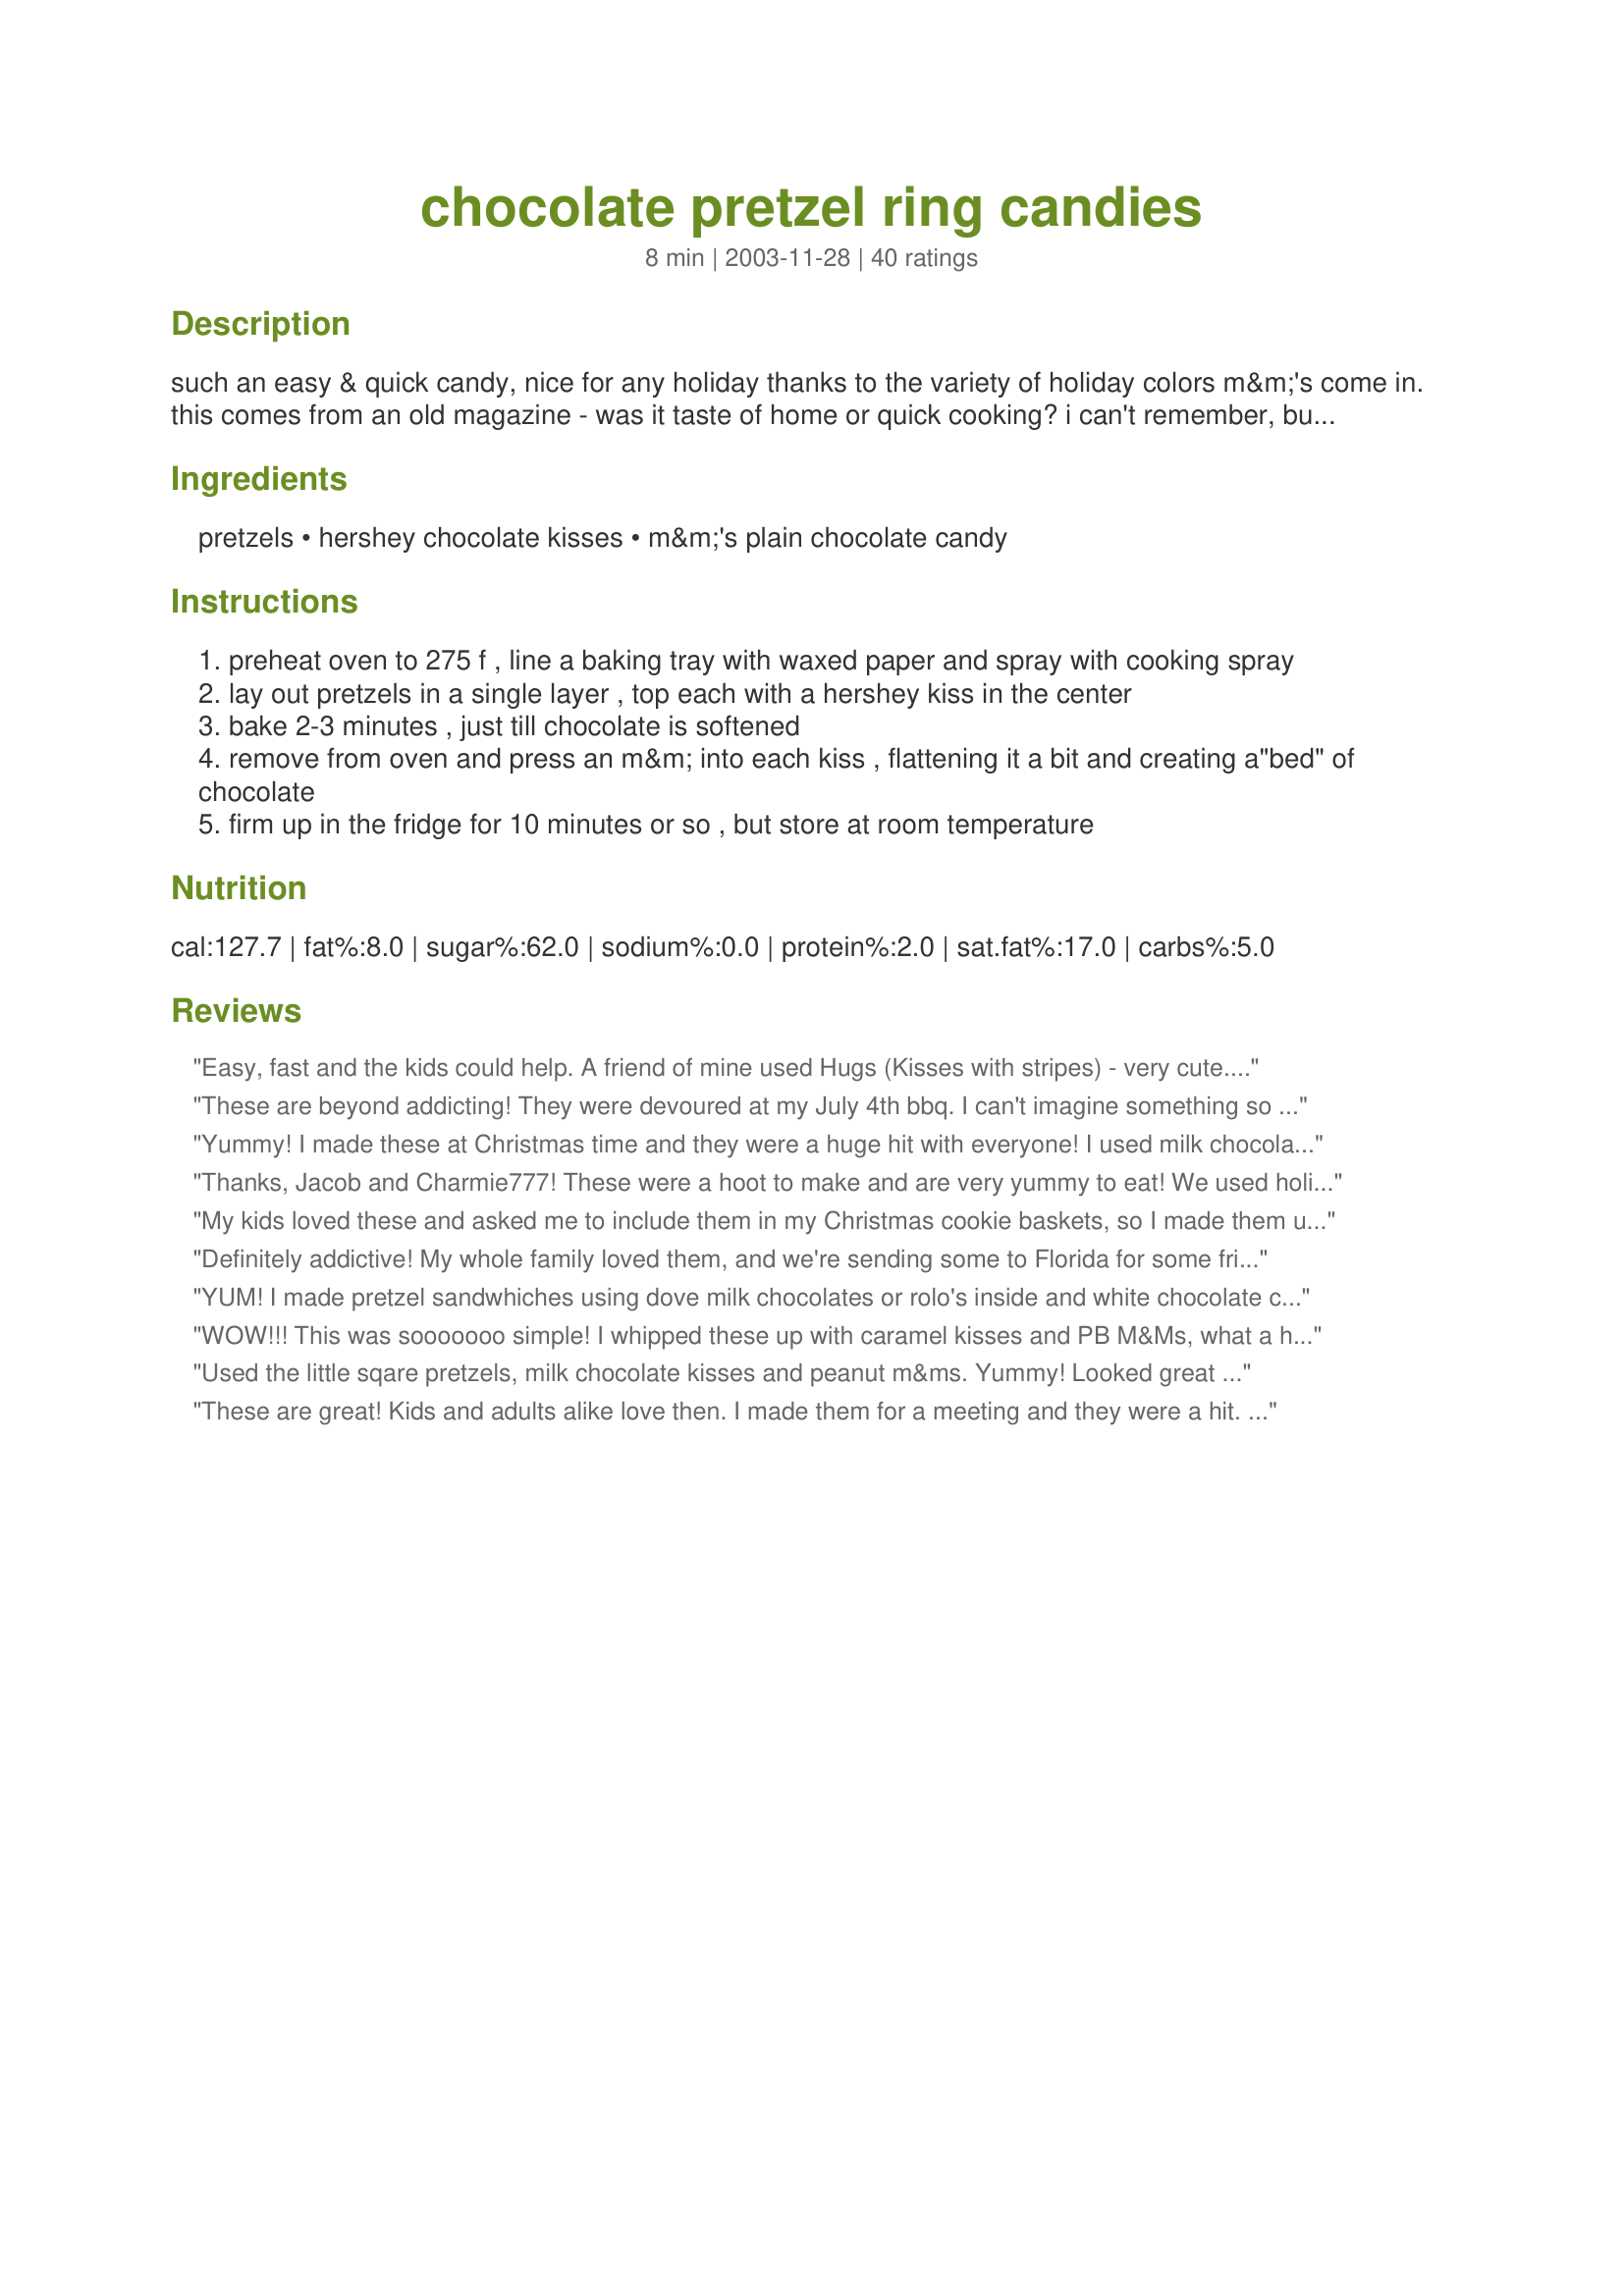
chocolate pretzel ring candies
Preparation time: 8 minutes

such an easy & quick candy, nice for any holiday thanks to the variety of holiday colors m&m's come in. this comes from an old magazine - was it taste of home or quick cooking? i can't remember, but they sure are tasty & cute! while the recipe calls for small pretzel rings, you'll get equally great results with mini twists and even rold gold butter checker pretzels if available in your neck of the woods.

Ingredients:
pretzels, hershey chocolate kisses, m&m's plain chocolate candy

Steps:
preheat oven to 275 f , line a baking tray with waxed paper and spray with cooking spray
lay out pretzels in a single layer , top each with a hershey kiss in the center
bake 2-3 minutes , just till chocolate is softened
remove from oven and press an m&m into each kiss , flattening it a bit and creating a"bed" of chocolate
firm up in the fridge for 10 minutes or so , but store at room temperature

Reviews:
Easy, fast and the kids could help. A friend of mine used Hugs (Kisses with stripes) - very cute. I couldn't find Hugs so I used striped baking chips, about 5-6/ pretzel and they worked OK. We used Rold Gold ring pretzels. They were fine but most were more oval than round. Also, we used dark chocolate M&Ms.
These are beyond addicting! They were devoured at my July 4th bbq. I can't imagine something so delicious would come from something so absolutely simple. You can put these together in no time at all and they look beautiful. I will make this very often, thanks so much!!
Yummy! I made these at Christmas time and they were a huge hit with everyone! I used milk chocolate, dark chocolate and candy cane kisses. The favorite was the dark chocolate and I have had to make a huge batch of them 2 other times since Christmas. These will be on my Bake List every holiday!
Thanks, Jacob and Charmie777! These were a hoot to make and are very yummy to eat! We used holiday shaped pretzels (the boot shape and snowman shape worked well, the stars and trees, not as well) and the Hershey's Hugs. Very pretty and so easy. Will keep this one in the "good recipe" binder. ~Messy44 Update - used parchment instead of waxed paper. The waxed seemed to stick on the cookie sheets. Also, the peppermint kisses are wonderful (I think they are called candy cane) but they take longer to melt. :]
My kids loved these and asked me to include them in my Christmas cookie baskets, so I made them up. They are really good!
Definitely addictive! My whole family loved them, and we're sending some to Florida for some friends, if there's enough left! I used the little windowpane snap type, and it was very easy with the red and green m&ms. Thanks for a yummy gift recipe!
YUM! I made pretzel sandwhiches using dove milk chocolates or rolo's inside and white chocolate chips or m&m's on top. Put in fridge for 20-30 minutes and then in lined tin. Thanks for posting a fun easy recipe.
WOW!!! This was sooooooo simple! I whipped these up with caramel kisses and PB M&Ms, what a hit! Honestly the hardest thing about this recipe (besides the waiting LOL) was unwrapping the kisses! I am going to make them again for a kids b-day party and we are going to use them as Checkers! Thank you so much!
Used the little sqare pretzels, milk chocolate kisses and peanut m&ms. Yummy! Looked great on the Christmas cookie tray and were SOOOO easy! It took closer to 5 minutes in my oven to get the kisses melty enough to squish with the m&ms. Might be my oven, though!
These are great! Kids and adults alike love then. I made them for a meeting and they were a hit. They are not for just Valentine's day but you can make them depending on color of M&Ms for any holiday. Red and green for Christmas, Pastels for easter, orange, red and brown for Halloween. Super easy and super tasty. We will make again. Thanks BAker. ChefDLH
Thankyou, thankyou! I made these years ago for my boys. I had forgotten all about them until my son asked how I made them. I had forgotten. Now we can make them together with the grandchildren!! Happy memories.
Really easy and good. I found the carmel kisses became discolored after being heated so I pushed another pretzel on top and put the m-n-m on top of that. It ended up looking like a present.
This was a great success for my assisted living residents. Even those with limited sight made them easily. Our preschool visitors were able to make them, too, and to help the residents. Lynda McConnell
I love these. How simple was that?
I have tried this recipe and several variations over the past week. My four kids have been my taste-testers. They liked them all, but here are the results: The caramel kisses melted TOO fast and were messy. The regular chocolate kisses and mint kisses were the easiest choice and can be topped with just about anything - more candy pieces, fruit or nuts. I also tried ROLO candies with delicious results. This recipe is great for a quick snack, class parties, baby showers - anytime! Thanks for a quick and easy treat idea!
This has got to be the absoltely BEST recipe that I have come across for my kids to make!! It was soooo easy for them, all I did was put the tray in the oven and take it out...they did the rest. I had to use holiday Smarties instead of the peanut butter M&M's because it went to the kids school (peanut free), but their friends are raving about them!
I also used circular pretzels covered in sesame seeds for half of them, and they turned out great! I prefer them to the regular salted pretzels.
Excellent!! I made Turtle Pretzel Rings also by using Rolos and using a pecan to press down on top.After 5 stores, I finally found the pretzel rings at a local Busch's supermarket around Christmas. Jay's and Better made makes them during the holiday season.
I had to become a little clever with this recipe and the outcome was really good. I ended up using normal pretzels because I couldnt find any circle ones. I then put in miniature kisses in each hole. Cooked them as it stated and then used 2 green m&ms for eyes and one red m&m for a nose and it was rudolph! Thanks for posting this!
Loved them. Made them with every flavor kiss out there. Strawberry creme, dark choc., etc. caramel filled was my fav. I can see why the Rollos would be heaven. These were so easy and delicious.Thanx for great idea
Oh! These are little bites of sin! So easy and fun, I made these in a snap and was enjoying them in no time. I used plain kisses and Valentine's peanut M&M's. Thanks Charmie!
We loved these tasty little treats. I decorated them with Halloween M&M's and everyone was popping them in their mouths like candy :)
Quick, easy and tasty - thesea re going on my holiday trays! Thanks for posting a nice treat! KEEPER!! And so many ways to make them versatile too! **Went to market tag 2007**
Cute! I made a bunch for my DS's Valentine party for school, and even more for my family and even MORE for my MIL yearly Valentine party. Can't wait to see the kids eyes bug out!
Thank You BAker-
The kids and I love making (and eating) these. They are quick and easy to make and disappear fast.
Delicious! I used the chocolate foil "lilliput" eggs in place of the kisses, as it was just Easter and we have tons of those laying around! Also, didn't have m&m's so I used pecans and then drowned the final product in caramel ice cream topping. So yummy! (OH, and instead of cranking on the oven, I microwaved these babies on 1 min intervals at 50% power for 3 min and they were perfect!) Can't wait to share with friends tomorrow night!
Made with Hersheys candy cane and also with Hersheys hugs for Christmas 2010. Very good and easy.
Easy to make. Kids like to help. Great for Christmas too.
Yum - easy to make for my daughter's class snack!
Try adding a nut instead of the m&m. It really rounds out the flavor much better, plus it doesn't melt!
These are really good! They're extremely simple, amazingly fast, and yummy! I took them to a school function, and everyone enjoyed them. They're very simple, basic, and plain, but they look cute. Thanks!
This treat is super easy and yummy. One of my husband's students gave him a box of it for Christmas and we liked it so much we had to make some for our family get together. Be careful, it's addictive! Darla C.
I am reviewing this again to show the stars. Fantastic and simple. I added my review on the recipe. I used rolo candies and tried this recipe as a test run. I will take these to Virginia as gifts when we go down this year.
These are a great quick and I'm sure tasty treat! I didn't get to try them myself. I used my microwave instead of the oven and I used the pinwheel pretzels. I just put them in the microwave for 1 minute and waited about ten seconds before I pushed the point of the kiss down with a regular colored M&M. I can't wait to get some Peanut Butter M&M's to try! I love Peanut Butter M&M's, I just didn't have any. I will be using theses for many things; birthdays, gatherings , holidays...! I have a 3 year old son plus I have 5 grandsons. Thank you for the terrific idea!
Easy and great for every holiday. Also good with peanut M&M's and peanut butter M&Ms
Oh, I've made these many, many times! Delicious! We love them with Rolos (in place of the Kisses) the best. And now they make caramel filled Kisses, which would probably be good, too.
Try this w/ a Rolo candy instead of a kiss and a pecan instead of the M&M. It will be like a Millionare or Turtle. WONDERFUL!! I can not wait to try it as shown here also, SO GOOD !!
We loved these for our holiday trays. Easy to make and look so cute. Loved them, thank you.
We make these every year as part of our Christmas cookie spread. We started making them because it was something the kids could do and we are still making them today just because they have become tradition. Simple and easy, but very tasty.
I am only 10 and my mom said that i could make something on my own and i tried these. I have 4 brothers and 1 sister all of pretzel thingies were gone and i made 75!!!! These are AMAZING!!!!
I made these as a surprise for my husband and son this Valentine's Day. They were both wowed. They are cute looking and yummy tasting. And to boot, they are so quick and easy to make. I used just red M&Ms for Valentines, but I have a dinner party on Mon. and I plan to use red, white and blue m&ms for President's Day. These would also be great for school parties for snacks for the kids.
